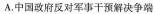
A.中国政府反对军事干预解决争端